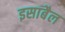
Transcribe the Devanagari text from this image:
इसाबैल